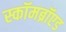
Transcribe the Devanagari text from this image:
स्कॉमब्रॉएड